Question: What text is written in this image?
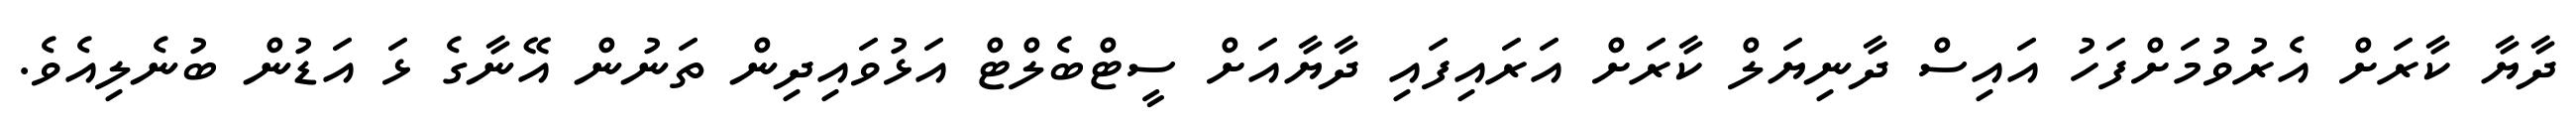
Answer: ދާޔާ ކާރަށް އެރުވުމަށްފަހު އައިސް ދާނިޔަލް ކާރަށް އަރައިފައި ދާޔާއަށް ސީޓްބެލްޓް އަޅުވައިދިން ތަނުން އޭނާގެ ޅަ އަޑުން ބުނެލިއެވެ.